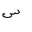
Letter: _sin